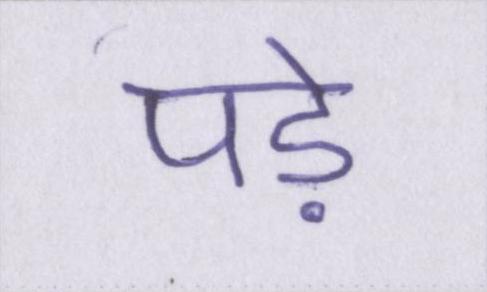
पड़े